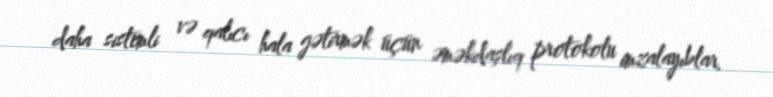
daha sistemli və qalıcı hala gətirmək üçün əməkdaşlıq protokolu imzalayıblar.